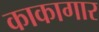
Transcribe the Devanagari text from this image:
काकागार